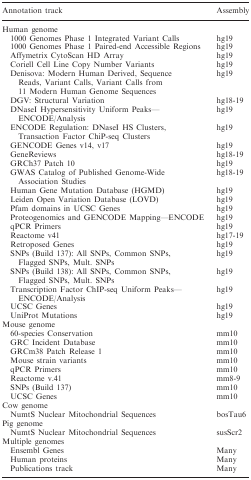
<table><thead><tr><td><b>Annotation track</b></td><td><b>Assembly</b></td></tr></thead><tbody><tr><td colspan="2">Human genome</td></tr><tr><td>1000 Genomes Phase 1 Integrated Variant Calls</td><td>hg19</td></tr><tr><td>1000 Genomes Phase 1 Paired-end Accessible Regions</td><td>hg19</td></tr><tr><td>Affymetrix CytoScan HD Array</td><td>hg19</td></tr><tr><td>Coriell Cell Line Copy Number Variants</td><td>hg19</td></tr><tr><td>Denisova: Modern Human Derived, Sequence Reads, Variant Calls, Variant Calls from 11 Modern Human Genome Sequences</td><td>hg19</td></tr><tr><td>DGV: Structural Variation</td><td>hg18-19</td></tr><tr><td>DNaseI Hypersensitivity Uniform Peaks— ENCODE/Analysis</td><td>hg19</td></tr><tr><td>ENCODE Regulation: DNaseI HS Clusters, Transaction Factor ChiP-seq Clusters</td><td>hg19</td></tr><tr><td>GENCODE Genes v14, v17</td><td>hg19</td></tr><tr><td>GeneReviews</td><td>hg18-19</td></tr><tr><td>GRCh37 Patch 10</td><td>hg19</td></tr><tr><td>GWAS Catalog of Published Genome-Wide Association Studies</td><td>hg18-19</td></tr><tr><td>Human Gene Mutation Database (HGMD)</td><td>hg19</td></tr><tr><td>Leiden Open Variation Database (LOVD)</td><td>hg19</td></tr><tr><td>Pfam domains in UCSC Genes</td><td>hg19</td></tr><tr><td>Proteogenomics and GENCODE Mapping—ENCODE</td><td>hg19</td></tr><tr><td>qPCR Primers</td><td>hg19</td></tr><tr><td>Reactome v41</td><td>hg17-19</td></tr><tr><td>Retroposed Genes</td><td>hg19</td></tr><tr><td>SNPs (Build 137): All SNPs, Common SNPs, Flagged SNPs, Mult. SNPs</td><td>hg19</td></tr><tr><td>SNPs (Build 138): All SNPs, Common SNPs, Flagged SNPs, Mult. SNPs</td><td>hg19</td></tr><tr><td>Transcription Factor ChIP-seq Uniform Peaks— ENCODE/Analysis</td><td>hg19</td></tr><tr><td>UCSC Genes</td><td>hg19</td></tr><tr><td>UniProt Mutations</td><td>hg19</td></tr><tr><td colspan="2">Mouse genome</td></tr><tr><td>60-species Conservation</td><td>mm10</td></tr><tr><td>GRC Incident Database</td><td>mm10</td></tr><tr><td>GRCm38 Patch Release 1</td><td>mm10</td></tr><tr><td>Mouse strain variants</td><td>mm10</td></tr><tr><td>qPCR Primers</td><td>mm10</td></tr><tr><td>Reactome v.41</td><td>mm8-9</td></tr><tr><td>SNPs (Build 137)</td><td>mm10</td></tr><tr><td>UCSC Genes</td><td>mm10</td></tr><tr><td colspan="2">Cow genome</td></tr><tr><td>NumtS Nuclear Mitochondrial Sequences</td><td>bosTau6</td></tr><tr><td colspan="2">Pig genome</td></tr><tr><td>NumtS Nuclear Mitochondrial Sequences</td><td>susScr2</td></tr><tr><td colspan="2">Multiple genomes</td></tr><tr><td>Ensembl Genes</td><td>Many</td></tr><tr><td>Human proteins</td><td>Many</td></tr><tr><td>Publications track</td><td>Many</td></tr></tbody></table>